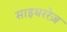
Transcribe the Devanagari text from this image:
साइबररेज़